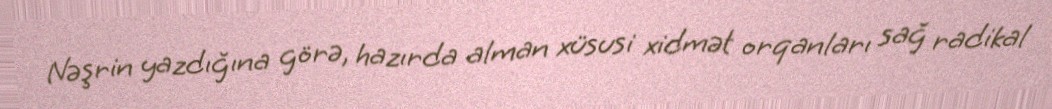
Nəşrin yazdığına görə, hazırda alman xüsusi xidmət orqanları sağ radikal